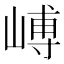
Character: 𪩉